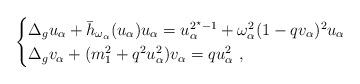
LaTeX: \begin{align*}\begin{cases}\Delta_g u_\alpha+ \bar{h}_{\omega_\alpha}(u_\alpha)u_\alpha=u_\alpha^{2^\star-1}+\omega_\alpha^2(1-qv_\alpha)^2 u_\alpha\\\Delta_g v_\alpha+(m_1^2+q^2u_\alpha^2) v_\alpha= q u_\alpha^2~,\end{cases}\end{align*}